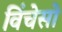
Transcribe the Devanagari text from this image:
विंचेसो